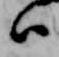
ハ